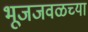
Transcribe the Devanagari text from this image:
भूजजवळच्या